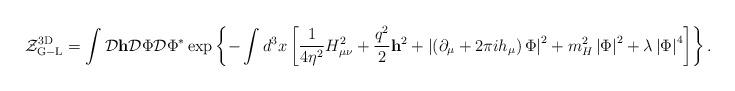
LaTeX: \begin{align*}{\cal Z}_{\rm G-L}^{\rm 3D}=\int {\cal D}{\bf h}{\cal D}\Phi{\cal D}\Phi^{*} \exp\left\{-\int d^3x\left[\frac{1}{4\eta^2}H_{\mu\nu}^2+\frac{q^2}{2}{\bf h}^2+\left|\left(\partial_\mu+2\pi i h_\mu\right)\Phi\right|^2+m_H^2\left|\Phi\right|^2+\lambda\left|\Phi\right|^4\right]\right\}.\end{align*}